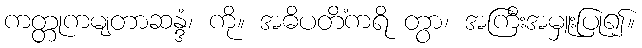
ကတ္တုကမျတာဆန္ဒံ၊ ကို။ အဓိပတိံကရိ တွာ၊ အကြီးအမှူးပြု၍။